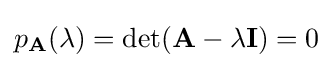
p_{\mathbf {A} }(\lambda )=\det(\mathbf {A} -\lambda \mathbf {I} )=0